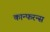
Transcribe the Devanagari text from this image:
कान्फरन्स